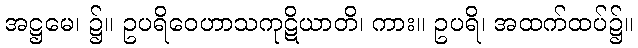
အဋ္ဌမေ၊ ၌။ ဥပရိဝေဟာသကုဋိယာတိ၊ ကား။ ဥပရိ၊ အထက်ထပ်၌။